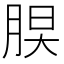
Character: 𦜃